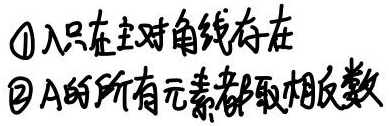
\textcircled{1}$\lambda$只在主对角线存在
\textcircled{2}\(A\)的所有元素都取相反数